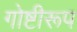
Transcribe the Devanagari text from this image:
गोष्टीरूप